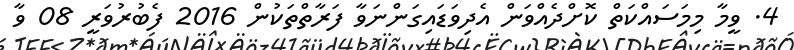
4. ވީމާ މިމަސައްކަތް ކޮށްދެއްވަން އެދިވަޑައިގަންނަވާ ފަރާތްތަކުން 2016 ފެބުރުވަރީ 08 ވާ